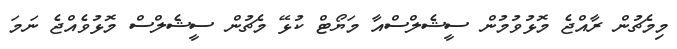
މިމެޗުން ރާއްޖެ މޮޅުވުމުން ސީޝެލްސްއާ މަޔޯޓް ކުޅޭ މެޗުން ސީޝެލްސް މޮޅުވެއްޖެ ނަމަ